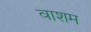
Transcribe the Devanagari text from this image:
वाशम